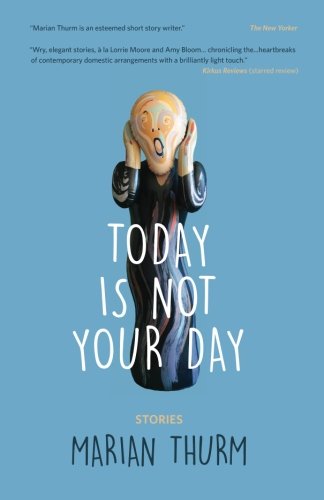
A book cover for Today Is Not Your Day; Marian Thurm; Literature & Fiction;